Epidemic dropsy in Calcutta - Number 49
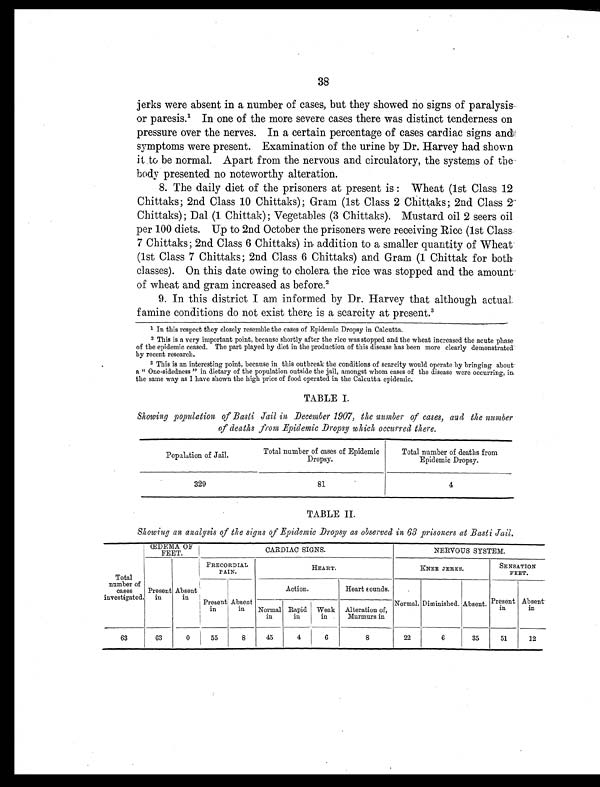
38
jerks were absent in a number of cases, but they showed no signs of paralysis
or paresis.1 In one of the more severe cases there was distinct tenderness on
pressure over the nerves. In a certain percentage of cases cardiac signs and,
symptoms were present. Examination of the urine by Dr. Harvey had shown
it to be normal. Apart from the nervous and circulatory, the systems of the
body presented no noteworthy alteration.
8. The daily diet of the prisoners at present is : Wheat (1st Class 12
Chittaks; 2nd Class 10 Chittaks); Gram (1st Class 2 Chittaks; 2nd Class 2
Chittaks) ; Dal (1 Chittak); Vegetables (3 Chittaks). Mustard oil 2 seers oil
per 100 diets. Up to 2nd October the prisoners were receiving Rice (1st Class
7 Chittaks; 2nd Class 6 Chittaks) in addition to a smaller quantity of Wheat
(1st Class 7 Chittaks; 2nd Class 6 Chittaks) and Gram (1 Chittak for both
classes). On this date owing to cholera the rice was stopped and the amount
of wheat and gram increased as before. 2
9. In this district I am informed by Dr. Harvey that although actual
famine conditions do not exist there is a scarcity at present. 3
1 In this respect they closely resemble the cases of Epidemic Dropsy in Calcutta.
2 This is a very important point, because shortly after the rice was stopped and the wheat increased the acute phase
of the epidemic ceased. The part played by diet in the production of this disease has been more clearly demonstrated
by recent research.
3 T h i s i s a n i n t e r e s t i n g p o i n t , b e c a u s e i n t h i s o u t b r e a k t h e c o n d i t i o n s o f s c a r c i t y w o u l d o p e r a t e b y b r i n g i n g a b o u t
a " One-sidedness " in dietary of the population outside the jail, amongst whom cases of the disease were occurring, in
the same way as I have shown the high price of food operated in the Calcutta epidemic.
TABLE I.
Showing population of Basti Jail in December 1907, the number of cases, and the number
of deaths from Epidemic Dropsy which occurred there.
Population of Jail.
Total number of cases of Epidemic
Dropsy.
Total number of deaths from
Epidemic Dropsy.
329
81
4
TABLE II.
Showing an analysis of the signs of Epidemic Dropsy as observed in 63 prisoners at Basti Jail.
ŒDEMA OF
FEET.
CARDIAC SIGNS.
NERVOUS SYSTEM.
Total
number of
cases
investigated
Present
in
Absent
in
PRECORDIAL,
PAIN.
HEART.
KNEE JERKS.
SENSATION
FEET.
Present
in
Absent
in
Action.
Heart sounds.
Normal. Diminished. Absent. Present
in
Absent
in
Normal
in
Rapid
in
Weak
in
Alteration of,
Murmurs in
63
63
0
55
8
45
4
6
8
22
6
35
51
12